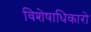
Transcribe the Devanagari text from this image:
विशेषाधिकारो